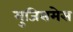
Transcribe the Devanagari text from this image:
मुजिसमेस